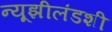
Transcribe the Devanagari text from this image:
न्यूझीलंडशी